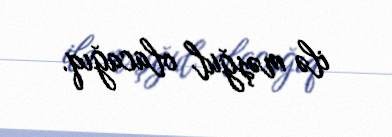
ilə məşğul olacağıq.